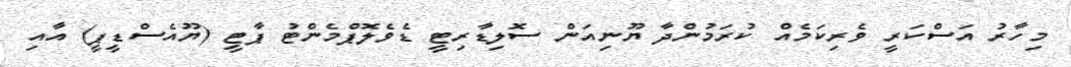
މިހާރު އަސްކަރީ ވެރިކަމެއް ކުރަމުންދާ ޔޫނިއަން ސޮލިޑާރިޓީ ޑެވެލޮޕްމެންޓު ޕާޓީ (ޔޫއެސްޑީޕީ) އާއި